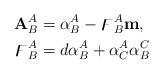
LaTeX: \begin{align*}\mathbf{A}_{B}^{A} & =\alpha_{B}^{A}-\digamma_{B}^{A}\mathbf{m,}\\\digamma_{B}^{A} & =d\alpha_{B}^{A}+\alpha_{C}^{A}\alpha_{B}^{C}\end{align*}